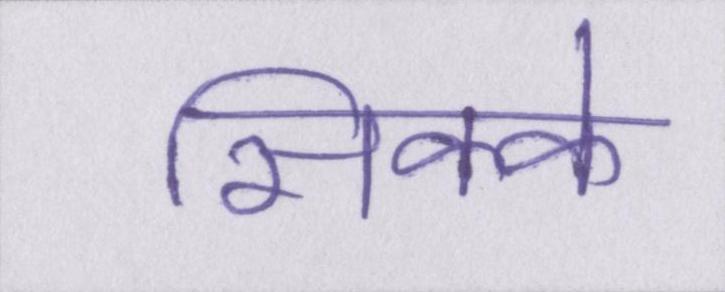
सिक्के